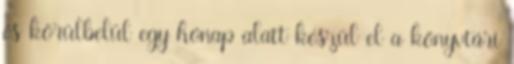
és körülbelül egy hónap alatt készül el a könyvtári